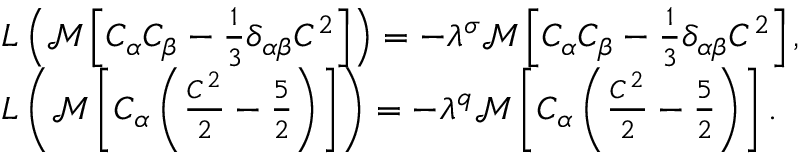
\begin{array} { r l } & { L \left( \mathcal { M } \left[ C _ { \alpha } C _ { \beta } - \frac { 1 } { 3 } \delta _ { \alpha \beta } C ^ { 2 } \right] \right) = - \lambda ^ { \sigma } \mathcal { M } \left[ C _ { \alpha } C _ { \beta } - \frac { 1 } { 3 } \delta _ { \alpha \beta } C ^ { 2 } \right] , } \\ & { L \left( \mathcal { M } \left[ C _ { \alpha } \left( \frac { C ^ { 2 } } { 2 } - \frac { 5 } { 2 } \right) \right] \right) = - \lambda ^ { q } \mathcal { M } \left[ C _ { \alpha } \left( \frac { C ^ { 2 } } { 2 } - \frac { 5 } { 2 } \right) \right] . } \end{array}